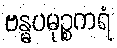
ဗန္ဓပမုဉ္စကရံ